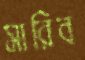
সারিব